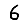
Digit: 6